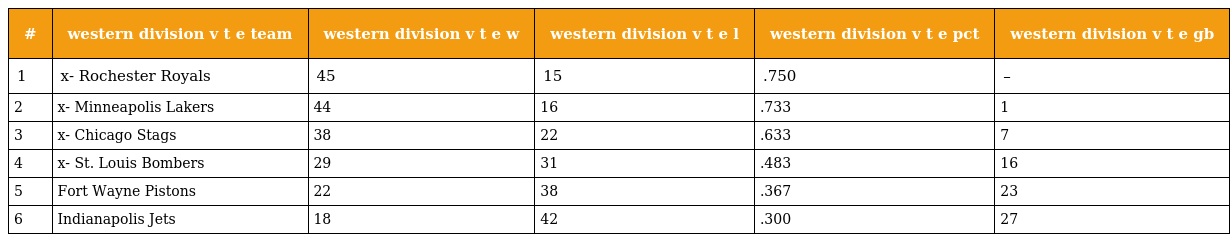
| # | western division v t e team | western division v t e w | western division v t e l | western division v t e pct | western division v t e gb |
 | --- | --- | --- | --- | --- | --- |
 | 1 | x- Rochester Royals | 45 | 15 | .750 | – |
 | 2 | x- Minneapolis Lakers | 44 | 16 | .733 | 1 |
 | 3 | x- Chicago Stags | 38 | 22 | .633 | 7 |
 | 4 | x- St. Louis Bombers | 29 | 31 | .483 | 16 |
 | 5 | Fort Wayne Pistons | 22 | 38 | .367 | 23 |
 | 6 | Indianapolis Jets | 18 | 42 | .300 | 27 |